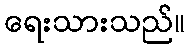
ရေးသားသည်။